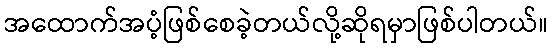
အထောက်အပံ့ဖြစ်စေခဲ့တယ်လို့ဆိုရမှာဖြစ်ပါတယ်။